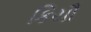
કિયૌ